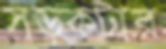
সড়কটার